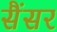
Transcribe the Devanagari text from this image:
सैंसर